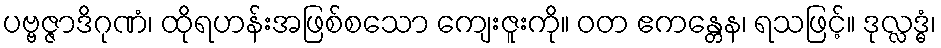
ပဗ္ဗဇ္ဇာဒိဂုဏံ၊ ထိုရဟန်းအဖြစ်စသော ကျေးဇူးကို။ ဝတ ဧကန္တေန၊ ရသဖြင့်။ ဒုလ္လဒ္ဓံ၊